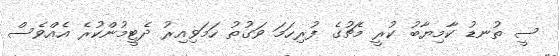
ސީ ތުނޑު ކާމިޔާބު ކުރީ މެޗުގެ ފުރިހަމަ ވަގުތު ހަމަވިއިރު ދެޓީމުންކުރެ އެއްވެސް